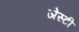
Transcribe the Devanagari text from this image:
जेस्टी